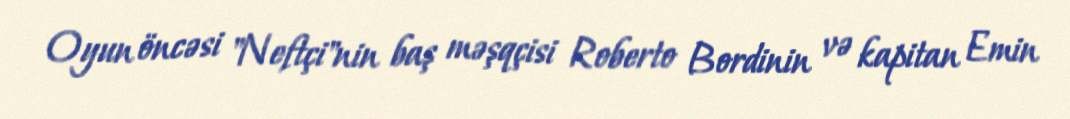
Oyun öncəsi "Neftçi"nin baş məşqçisi Roberto Bordinin və kapitan Emin